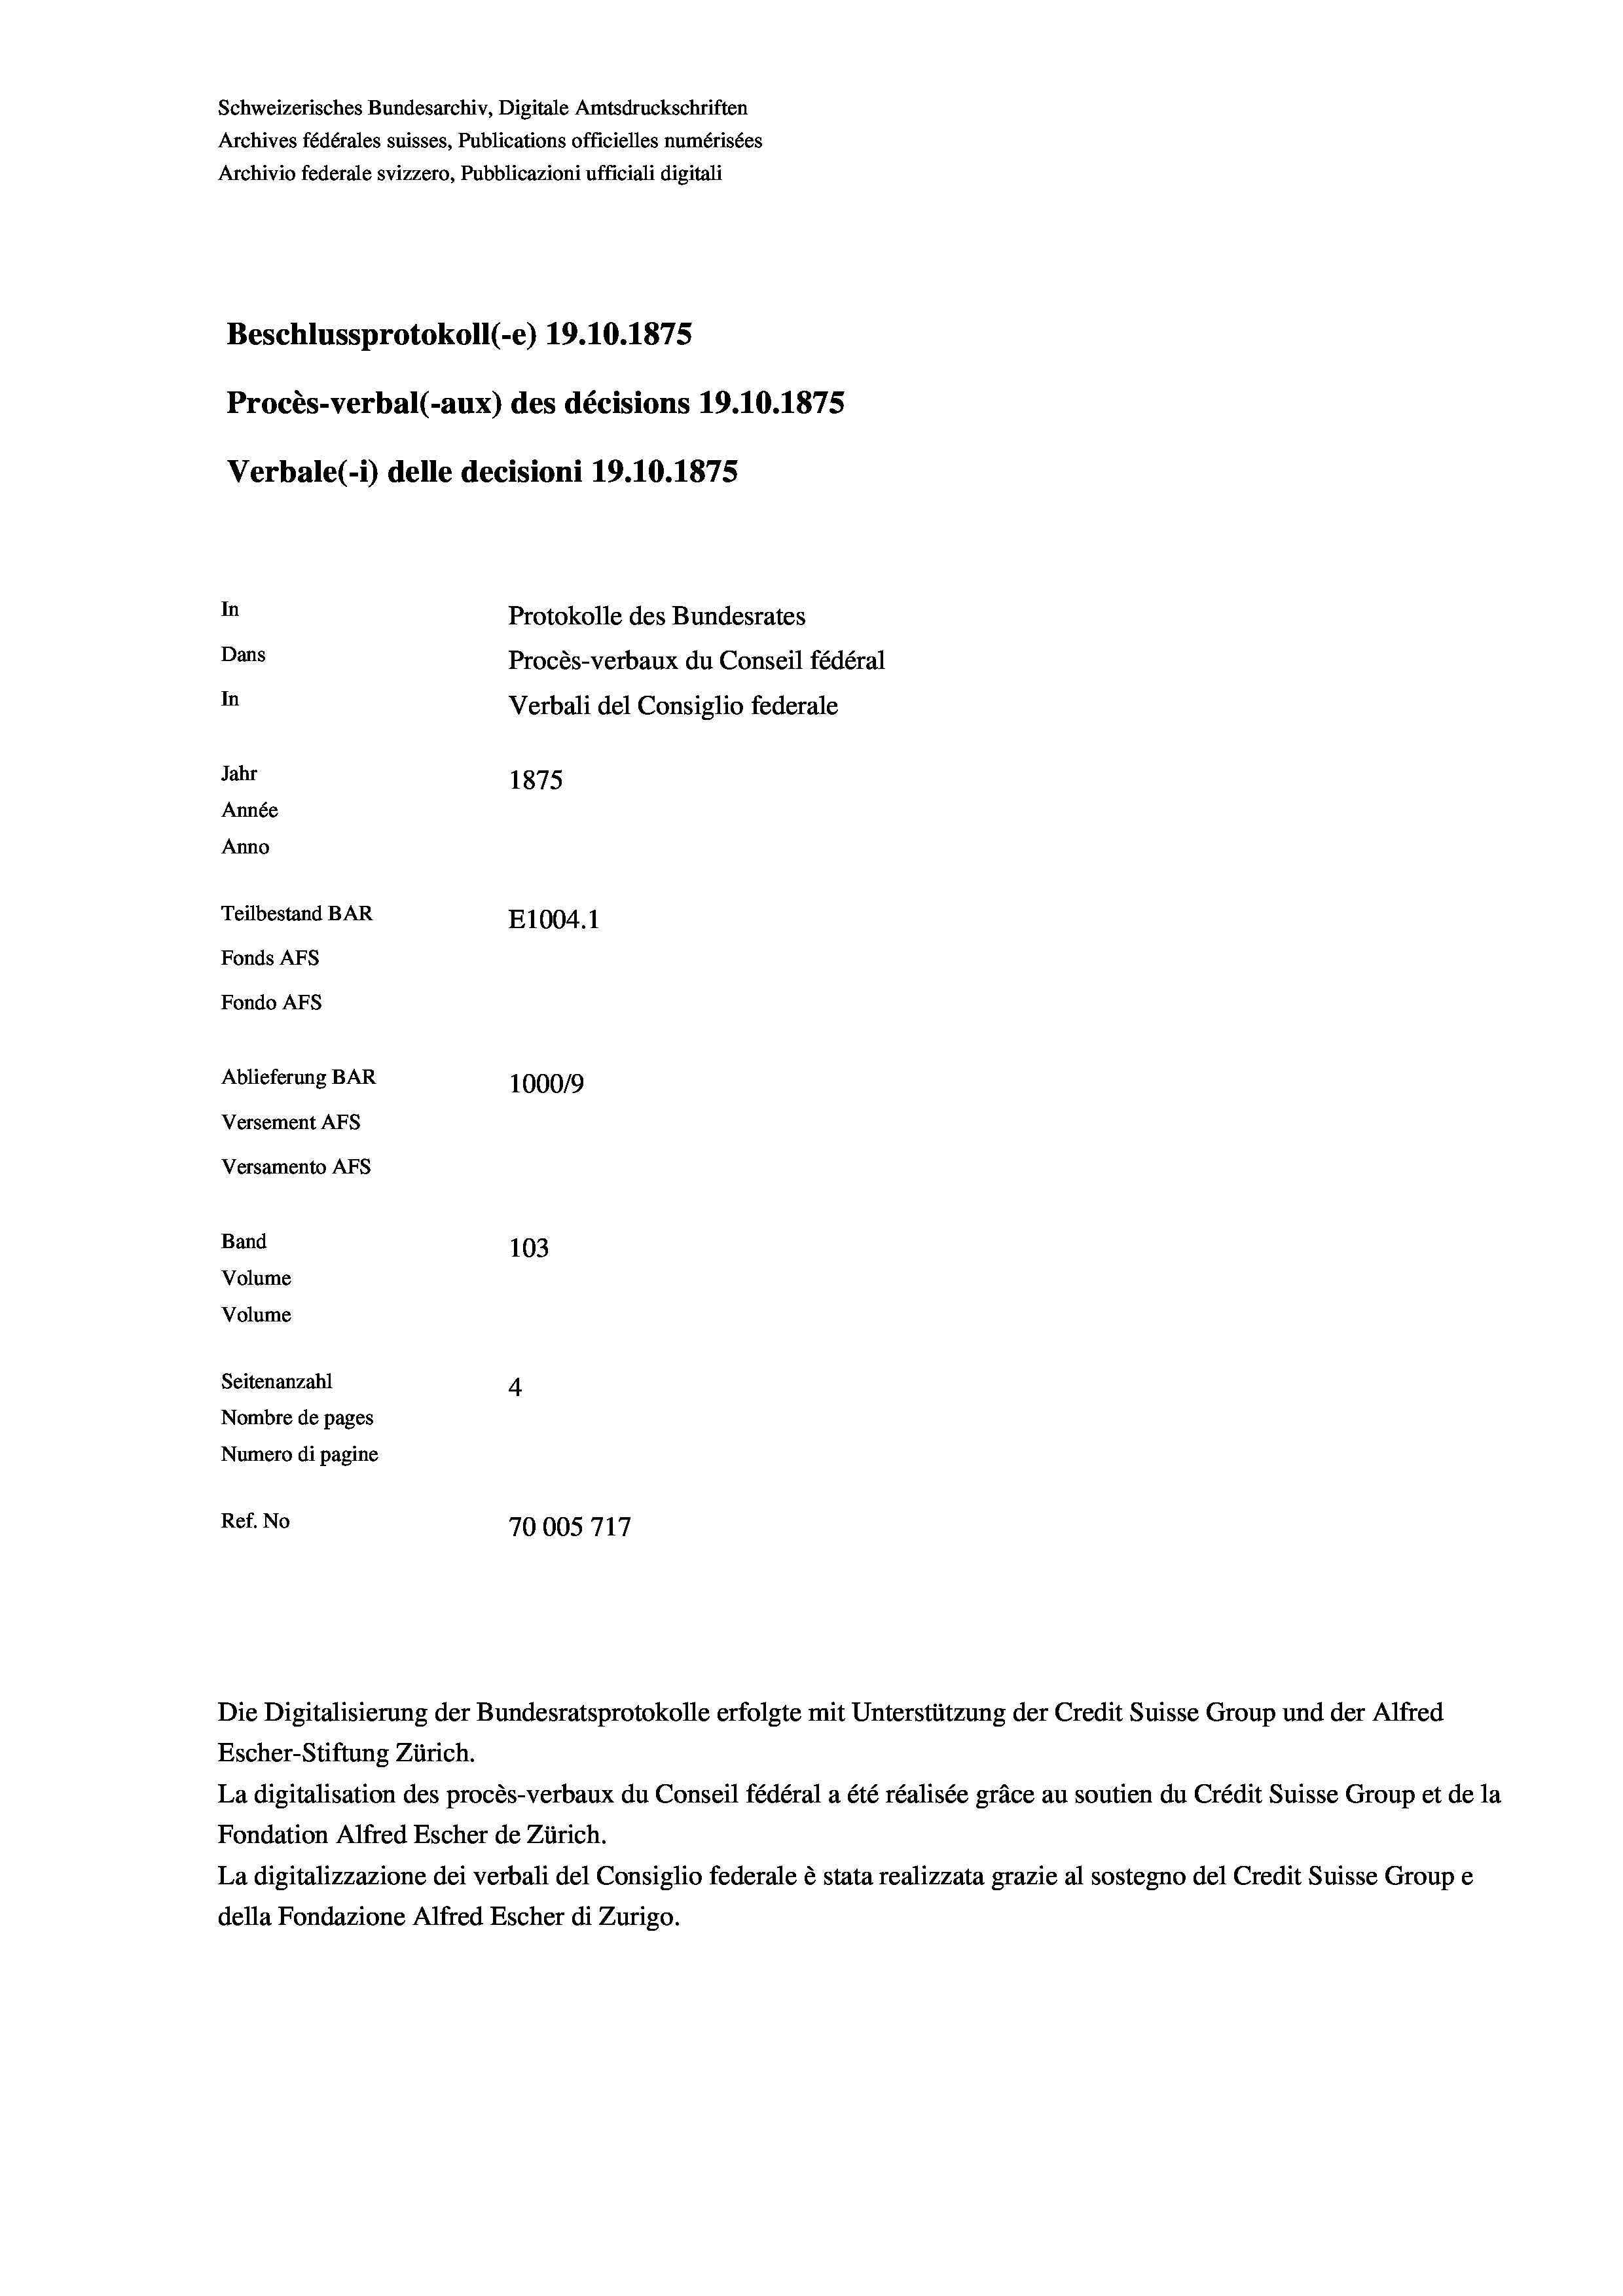
Schweizerisches Bundesarchiv, Digitale Amtsdruckschriften
Archives fédérales suisses, Publications officielles numérisées
Archivio federale svizzero, Pubblicazioni ufficiali digitali
Beschlussprotokoll (-e) 19.10.1875
Procès-verbal (-aux) des décisions 19.10.1875
Verbale (i) delle decisioni 19.10.1875
In
Protokolle des Bundesrates
Dans
Procès-verbaux du Conseil fédéral
In
Verbali del Consiglio federale
Jahr
1875
Année
Anno
Teilbestand BAR
E1004. 1
Fonds AFs
Fondo AFS
Ablieferung BAR
100019
Versement Abs
Versamento Afs
Band
103
Volume
Volume
Seitenanzahl
4
Nombre de pages
Numero di pagine
Ref. No
70005717

Die Digitalisierung der Bundesratsprotokolle erfolgte mit Unterstützung der Credit Suisse Group und der Alfred

Escher-Stiftung Zürich.
La digitalisation des procès-verbaux du Conseil fédéral a été réalisée gräce au soutien du Crédit Suisse Group et de la
Fondation Alfred Escher de Zürich.
La digitalizzazione dei verbali del Consiglio federale è stata realizzata grazie al sostegno del Credit Suisse Groupe
della Fondazione Alfred Escher di Zurigo.